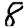
Digit: 8